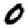
Digit: 0